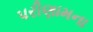
પરીણામના